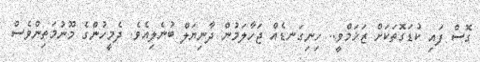
ގޮސް ފައި ކުޑަގޮތަކަށް ޒަޚަމްވީ.. ހިނިގަނޑެއް ޖަހާލަމުން ދާނިޔަލް ބުނެލިއެވެ. ދެމީހުންގެ މޫނުމަތިންވެސް